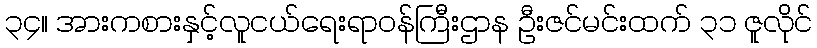
၃၄။ အားကစားနှင့်လူငယ်ရေးရာဝန်ကြီးဌာန ဦးဇင်မင်းထက် ၃၁ ဇူလိုင်